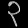
Digit: ၃